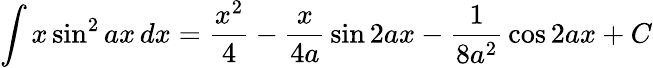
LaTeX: \int x\sin^{2}{ax}\, dx={\frac{x^{2}}{4}}-{\frac{x}{4a}}\sin 2ax-{\frac{1}{8a^{2}}}\cos 2ax+C